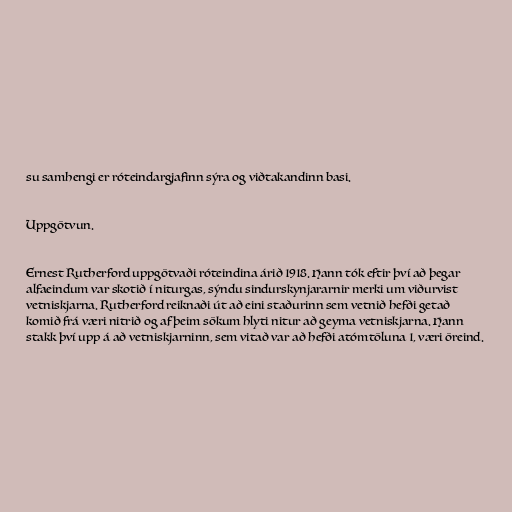
su samhengi er róteindargjafinn sýra og viðtakandinn basi.

Uppgötvun.

Ernest Rutherford uppgötvaði róteindina árið 1918. Hann tók eftir því að þegar
alfaeindum var skotið í niturgas, sýndu sindurskynjararnir merki um viðurvist
vetniskjarna. Rutherford reiknaði út að eini staðurinn sem vetnið hefði getað
komið frá væri nitrið og af þeim sökum hlyti nitur að geyma vetniskjarna. Hann
stakk því upp á að vetniskjarninn, sem vitað var að hefði atómtöluna 1, væri öreind.